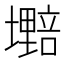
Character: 𫮷